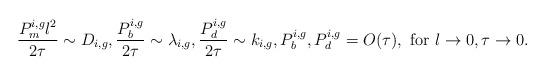
LaTeX: \begin{align*}\frac{P_m^{i,g}l^2}{2\tau}\sim D_{i,g},\frac{P_b^{i,g}}{2\tau}\sim \lambda_{i,g},\frac{P_d^{i,g}}{2\tau}\sim k_{i,g},P_b^{i,g}, P_d^{i,g} = O(\tau),\hbox{ for } l\to0,\tau\to0.\end{align*}